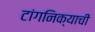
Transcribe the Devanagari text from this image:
टांगनिक्याची